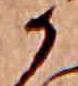
か